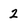
Character: 2